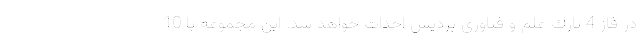
در فاز 4 پارك علم و فناوری پردیس احداث خواهد شد. این مجموعه با 10